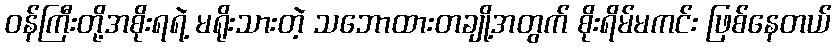
ဝန်ကြီးတို့အစိုးရရဲ့ မရိုးသားတဲ့ သဘောထားတချို့အတွက် စိုးရိမ်မကင်း ဖြစ်နေတယ်